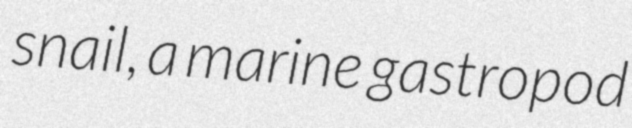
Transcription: snail, a marine gastropod